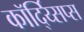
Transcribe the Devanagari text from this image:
कॉर्द्य्सिप्स